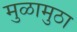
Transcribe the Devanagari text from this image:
मुळामुठा